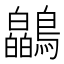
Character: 𫛘